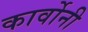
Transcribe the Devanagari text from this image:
कार्वोनी